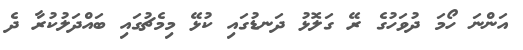
އަންނަ ހޯމަ ދުވަހުގެ ރޭ ގަލޮޅު ދަނޑުގައި ކުޅޭ މިމެޗުގައި ބައްދަލުކުރާ ދެ